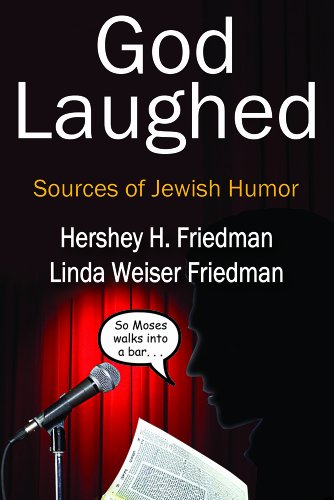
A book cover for God Laughed: Sources of Jewish Humor (Jewish Studies); Hershey H. Friedman; Humor & Entertainment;